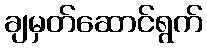
ချမှတ်ဆောင်ရွက်